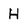
Character: H